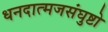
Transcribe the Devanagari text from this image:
धनदात्मजसंघुष्टो